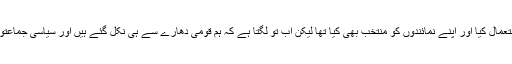
سنہ 2001 اور 2005 کے بلدیاتی انتخابات میں ہم نے ووٹ کا حق استعمال کیا اور اپنے نمائندوں کو منتخب بھی کیا تھا لیکن اب تو لگتا ہے کہ ہم قومی دھارے سے ہی نکل گئے ہیں اور سیاسی جماعتوں کے ہی رحم و کرم پر ہیں کہ وہ جسے چاہیں ہماری نشستیں دے دیں۔